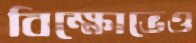
বিক্ষোভেও